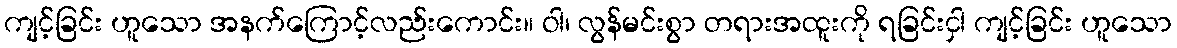
ကျင့်ခြင်း ဟူသော အနက်ကြောင့်လည်းကောင်း။ ဝါ၊ လွန်မင်းစွာ တရားအထူးကို ရခြင်းငှါ ကျင့်ခြင်း ဟူသော